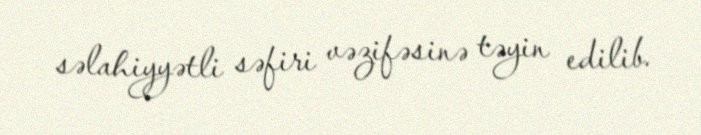
səlahiyyətli səfiri vəzifəsinə təyin edilib.